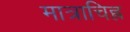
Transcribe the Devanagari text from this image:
मात्राचिह्न